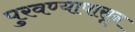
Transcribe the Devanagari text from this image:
पुरवण्यापासून